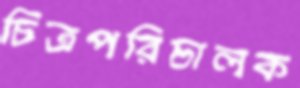
চিত্রপরিচালক